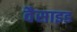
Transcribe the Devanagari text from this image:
वैसाइड